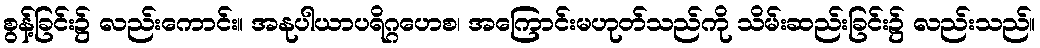
စွန့်ခြင်း၌ လည်းကောင်း။ အနုပါယာပရိဂ္ဂဟေစ၊ အကြောင်းမဟုတ်သည်ကို သိမ်းဆည်းခြင်း၌ လည်းသည်။